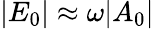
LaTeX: |E_{0}|\approx\omega|A_{0}|